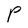
Character: P